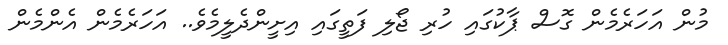
މުން އަހަރެމެން ގޮސް ޕާކުގައި ހުރި ޖޯލި ފަތީގައި އިށީންދެލީމެވެ.. އަހަރެމެން އެންމެން